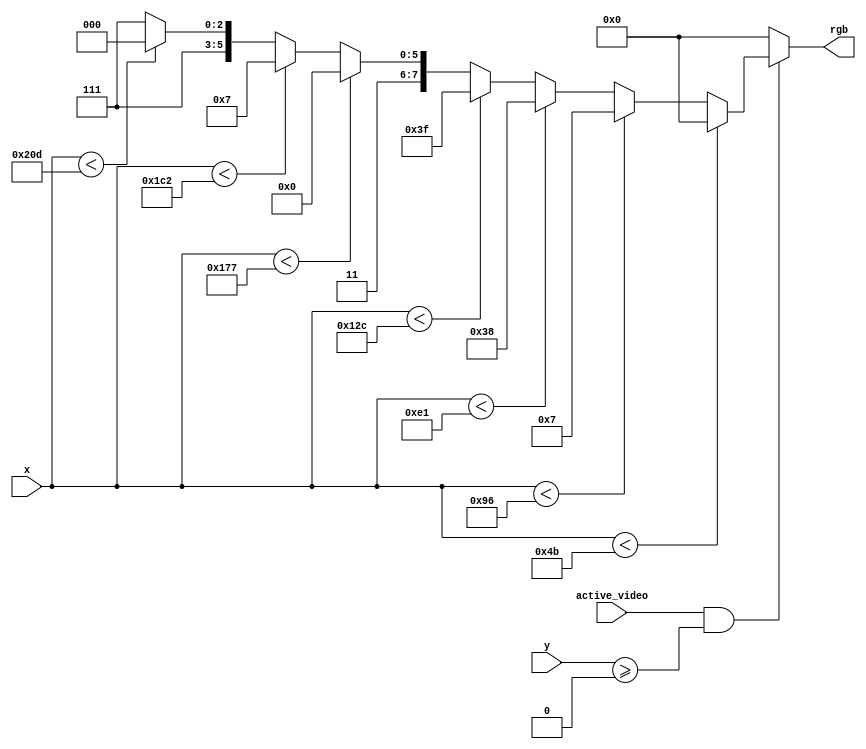
////////////////////////////////////////////////////////////////////////////////
//
// 
// Module Name:     color_bars
// Target Devices:  Mojo V3 (Spartan-6)
//
// Description:     NTSC Shield Color Bar Generator
//
//                  Generates 8 vertical colors bars: black, red, green, yellow,
//                  blue, magenta, cyan, and white.
//
// Parameters:      START_Y      - starting row
//
// Inputs:          x            - horizontal pixel
//                  y            - vertical pixel
//                  active_video - active video signal
//
// Outputs:         rgb          - red, green, blue level
//
////////////////////////////////////////////////////////////////////////////////

module color_bars
    #(
    parameter START_Y = 9'd0
    )
    (
    input wire [9:0] x,
    input wire [8:0] y,
    
    input wire active_video,
    
    output wire [7:0] rgb
    );
    
    
// CONSTANTS ///////////////////////////////////////////////////////////////////

    localparam BLACK   = 8'b0000_0000,
               RED     = 8'b0000_0111,
               GREEN   = 8'b0011_1000,
               YELLOW  = 8'b0011_1111,
               BLUE    = 8'b1100_0000,
               MAGENTA = 8'b1100_0111,
               CYAN    = 8'b1111_1000,
               WHITE   = 8'b1111_1111;
    
    
// SIGNAL DECLARATION //////////////////////////////////////////////////////////

    wire [7:0] color;
    
    
// COLOR BAR GENERATOR /////////////////////////////////////////////////////////
	
    assign color = (x < 75)  ? BLACK :
                   (x < 150) ? RED :
                   (x < 225) ? GREEN :
                   (x < 300) ? YELLOW :
                   (x < 375) ? BLUE :
                   (x < 450) ? MAGENTA :
                   (x < 525) ? CYAN :
                   WHITE;
    
    
// OUTPUT LOGIC ////////////////////////////////////////////////////////////////

    assign rgb = (active_video & y >= START_Y) ? color : BLACK;
    
endmodule